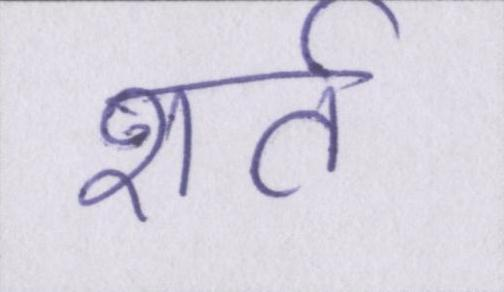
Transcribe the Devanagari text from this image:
शर्त